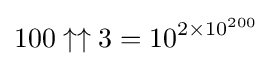
100\uparrow \uparrow 3=10^{2\times 10^{200}}